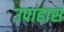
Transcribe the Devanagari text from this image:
उपाहास